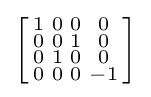
\left[{\begin{smallmatrix}1&0&0&0\\0&0&1&0\\0&1&0&0\\0&0&0&-1\\\end{smallmatrix}}\right]